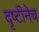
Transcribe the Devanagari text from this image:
दृष्टीनेच